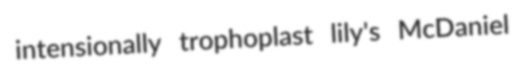
intensionally trophoplast lily's McDaniel